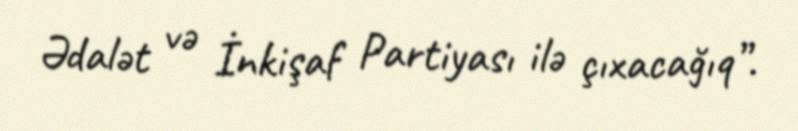
Ədalət və İnkişaf Partiyası ilə çıxacağıq”.